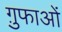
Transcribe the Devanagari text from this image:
ग़ुफाओं